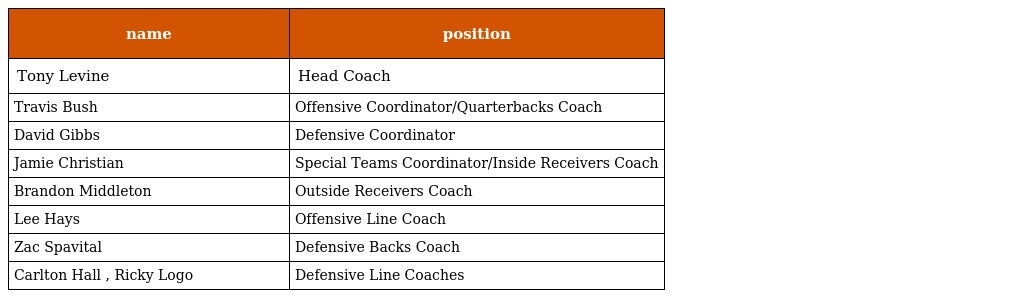
| name | position |
 | --- | --- |
 | Tony Levine | Head Coach |
 | Travis Bush | Offensive Coordinator/Quarterbacks Coach |
 | David Gibbs | Defensive Coordinator |
 | Jamie Christian | Special Teams Coordinator/Inside Receivers Coach |
 | Brandon Middleton | Outside Receivers Coach |
 | Lee Hays | Offensive Line Coach |
 | Zac Spavital | Defensive Backs Coach |
 | Carlton Hall , Ricky Logo | Defensive Line Coaches |